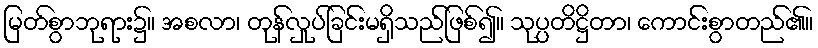
မြတ်စွာဘုရား၌။ အစလာ၊ တုန်လှုပ်ခြင်းမရှိသည်ဖြစ်၍။ သုပ္ပတိဋ္ဌိတာ၊ ကောင်းစွာတည်၏။